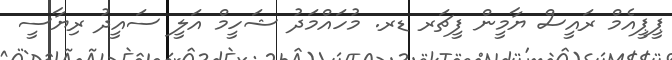
ޕީޕީއެމް ރައީސް ޔާމީން ފީޗަރ ޑރ. މުހައްމަދު ޝަހީމް އަލީ ސައީދު ރިޔާސީ